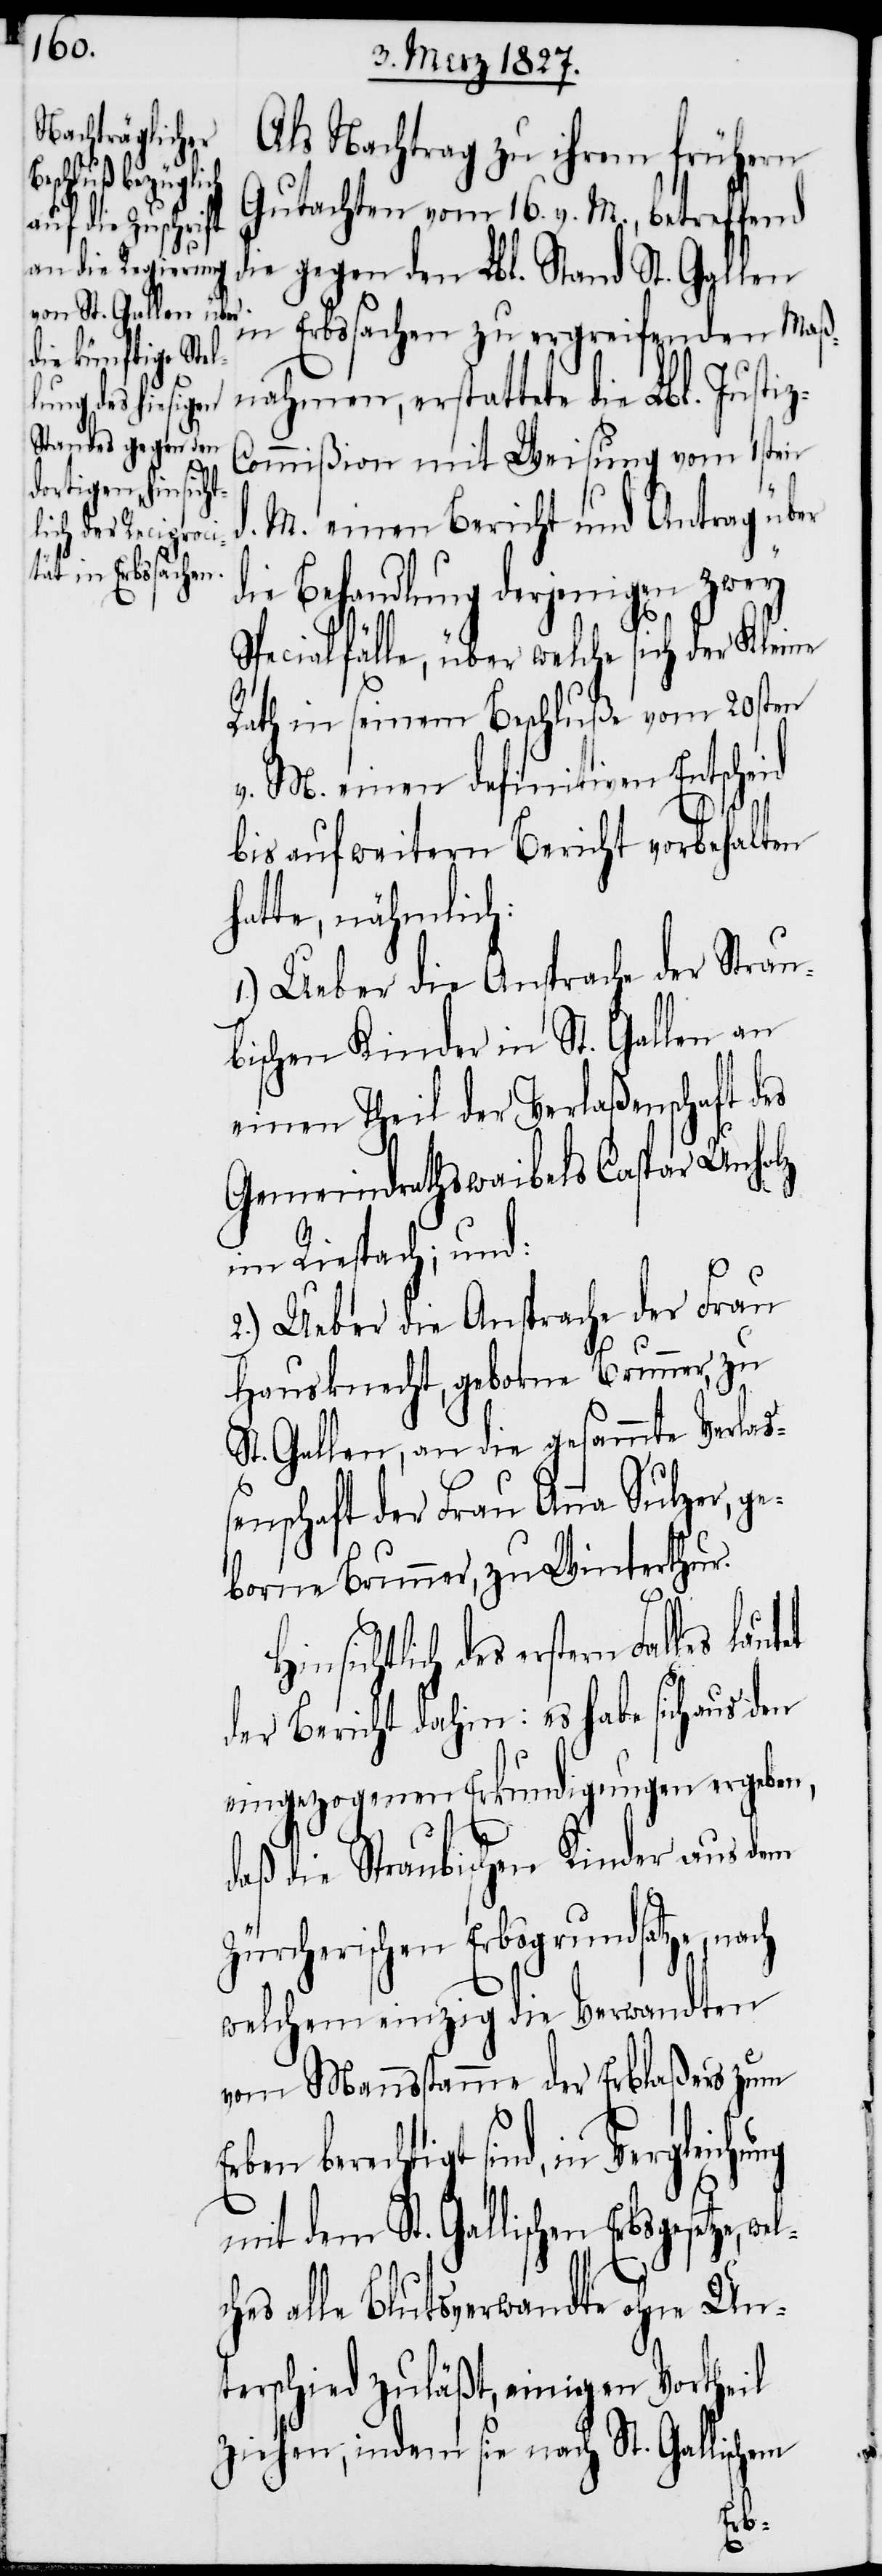
Als Nachtrag zu ihrem frühern
Gutachten vom 16. v. M., betreffend
die gegen den Lbl. Stand St. Gallen
in Erbsachen zu ergreifenden Maß¬
nahmen, erstattete die Lbl. Justi¬
ommißion mit Weisung vom 1sten
d. M. einen Bericht und Antrag über
die Behandlung derjenigen zwey
Spezialfälle, über welche sich der Kleine
Rath in seinem Beschluße vom 20sten
v. M. einen definitiven Entscheid
bis auf weitern Bericht vorbehalten
hatte, nähmlich:
1.) Ueber die Ansprache der Strau¬
bischen Kinder in St. Gallen an
einen Theil der Verlaßenschaft des
Gemeindrathswaibels Caspar Unholz
im Riespach; und:
2.) Ueber die Ansprache der Frau
Hausknecht, geborne Brunner, zu
St. Gallen, an die gesammte Verlaß¬
enschaft der Frau Anna Sulzer, ge¬
borne Brunner, zu Winterthur.
berechtigt sind, in Vergleichung
der Bericht dahin: es habe sich aus den
eingezogenen Erkundigungen ergeben,
daß die Straubischen Kinder aus dem
Zürcherischen Erbsgrundsatze,
welchem einzig die Verwandten
vom Mannsstamme der Erblaßers
mit dem St. Gallischen Erbsgesetze,
ches alle Blutsverwandte ohne Un¬
terschied zuläßt, einigen Vortheil
ziehen, indem sie nach St. Gallischem
wel¬